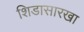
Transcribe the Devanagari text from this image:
शिडासारखा